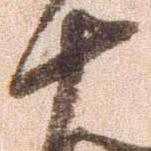
十